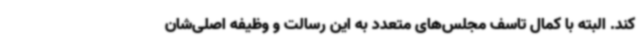
کند. البته با کمال تاسف مجلس‌های متعدد به این رسالت و وظیفه اصلی‌شان